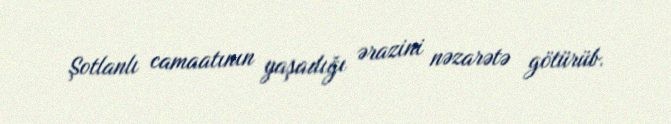
Şotlanlı camaatının yaşadığı ərazini nəzarətə götürüb.